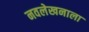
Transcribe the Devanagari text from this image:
नवलेखनाला